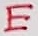
Text: E